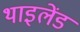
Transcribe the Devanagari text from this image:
थाइलेंड